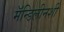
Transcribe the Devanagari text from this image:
मॅन्डिलीनशी